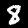
Label: 8